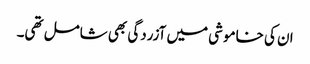
ان کی خاموشی میں آزردگی بھی شامل تھی۔